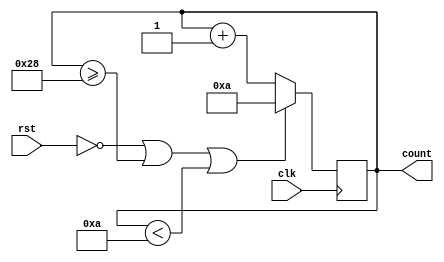
/**************************
    10 to 40 up counter
**************************/

module counter_10_to_40 (count, clk, rst);
input clk, rst;
output [7:0]count;
reg [7:0]count_temp;

always @(posedge clk) begin
    if(!rst | count_temp>=8'd40 | count_temp<8'd10 ) // self correcting
        count_temp <= 8'd10;
    else 
        count_temp <= count_temp + 1 ;
end

assign count = count_temp;

endmodule